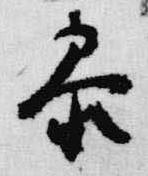
参